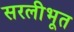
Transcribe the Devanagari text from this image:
सरलीभूत